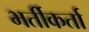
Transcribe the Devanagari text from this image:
भर्तीकर्ता